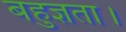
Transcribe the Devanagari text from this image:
बहुज्ञता।